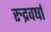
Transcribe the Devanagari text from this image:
रुद्रवर्षा